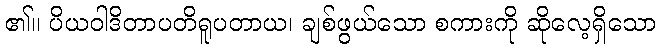
၏။ ပိယဝါဒိတာပတိရူပတာယ၊ ချစ်ဖွယ်သော စကားကို ဆိုလေ့ရှိသော